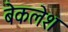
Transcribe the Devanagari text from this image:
बेकलेश